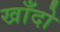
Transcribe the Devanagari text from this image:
खाँदो